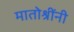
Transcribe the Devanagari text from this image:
मातोश्रींनी